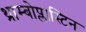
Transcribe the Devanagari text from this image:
थ्राम्बोप्लास्टिन